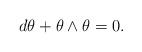
LaTeX: \begin{align*}d \theta + \theta \wedge \theta = 0. \end{align*}